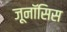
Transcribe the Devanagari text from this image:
ज़ूनॉसिस